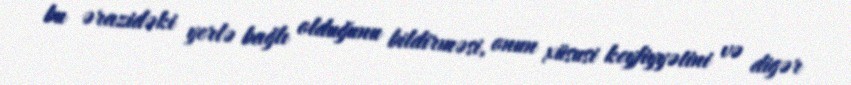
bu ərazidəki yerlə bağlı olduğunu bildirməsi, onun xüsusi keyfiyyətini və digər